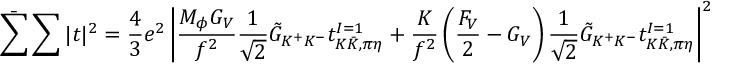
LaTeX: \bar { \sum } \sum | t | ^ { 2 } = \frac { 4 } { 3 } e ^ { 2 } \left| \frac { M _ { \phi } G _ { V } } { f ^ { 2 } } \frac { 1 } { \sqrt { 2 } } \tilde { G } _ { K ^ { + } K ^ { - } } t _ { K \bar { K } , \pi \eta } ^ { I = 1 } + \frac { K } { f ^ { 2 } } \left( \frac { F _ { V } } { 2 } - G _ { V } \right) \frac { 1 } { \sqrt { 2 } } \tilde { G } _ { K ^ { + } K ^ { - } } t _ { K \bar { K } , \pi \eta } ^ { I = 1 } \right| ^ { 2 }